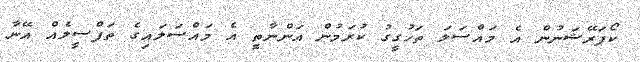
ކޯޕަރޭޝަނުން އެ މައްސަލަ ތަހުގީގު ކުރަމުން އަންނާތީ އެ މައްސަލައިގެ ތަފްސީލެއް އޭނާ